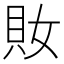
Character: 𧴱